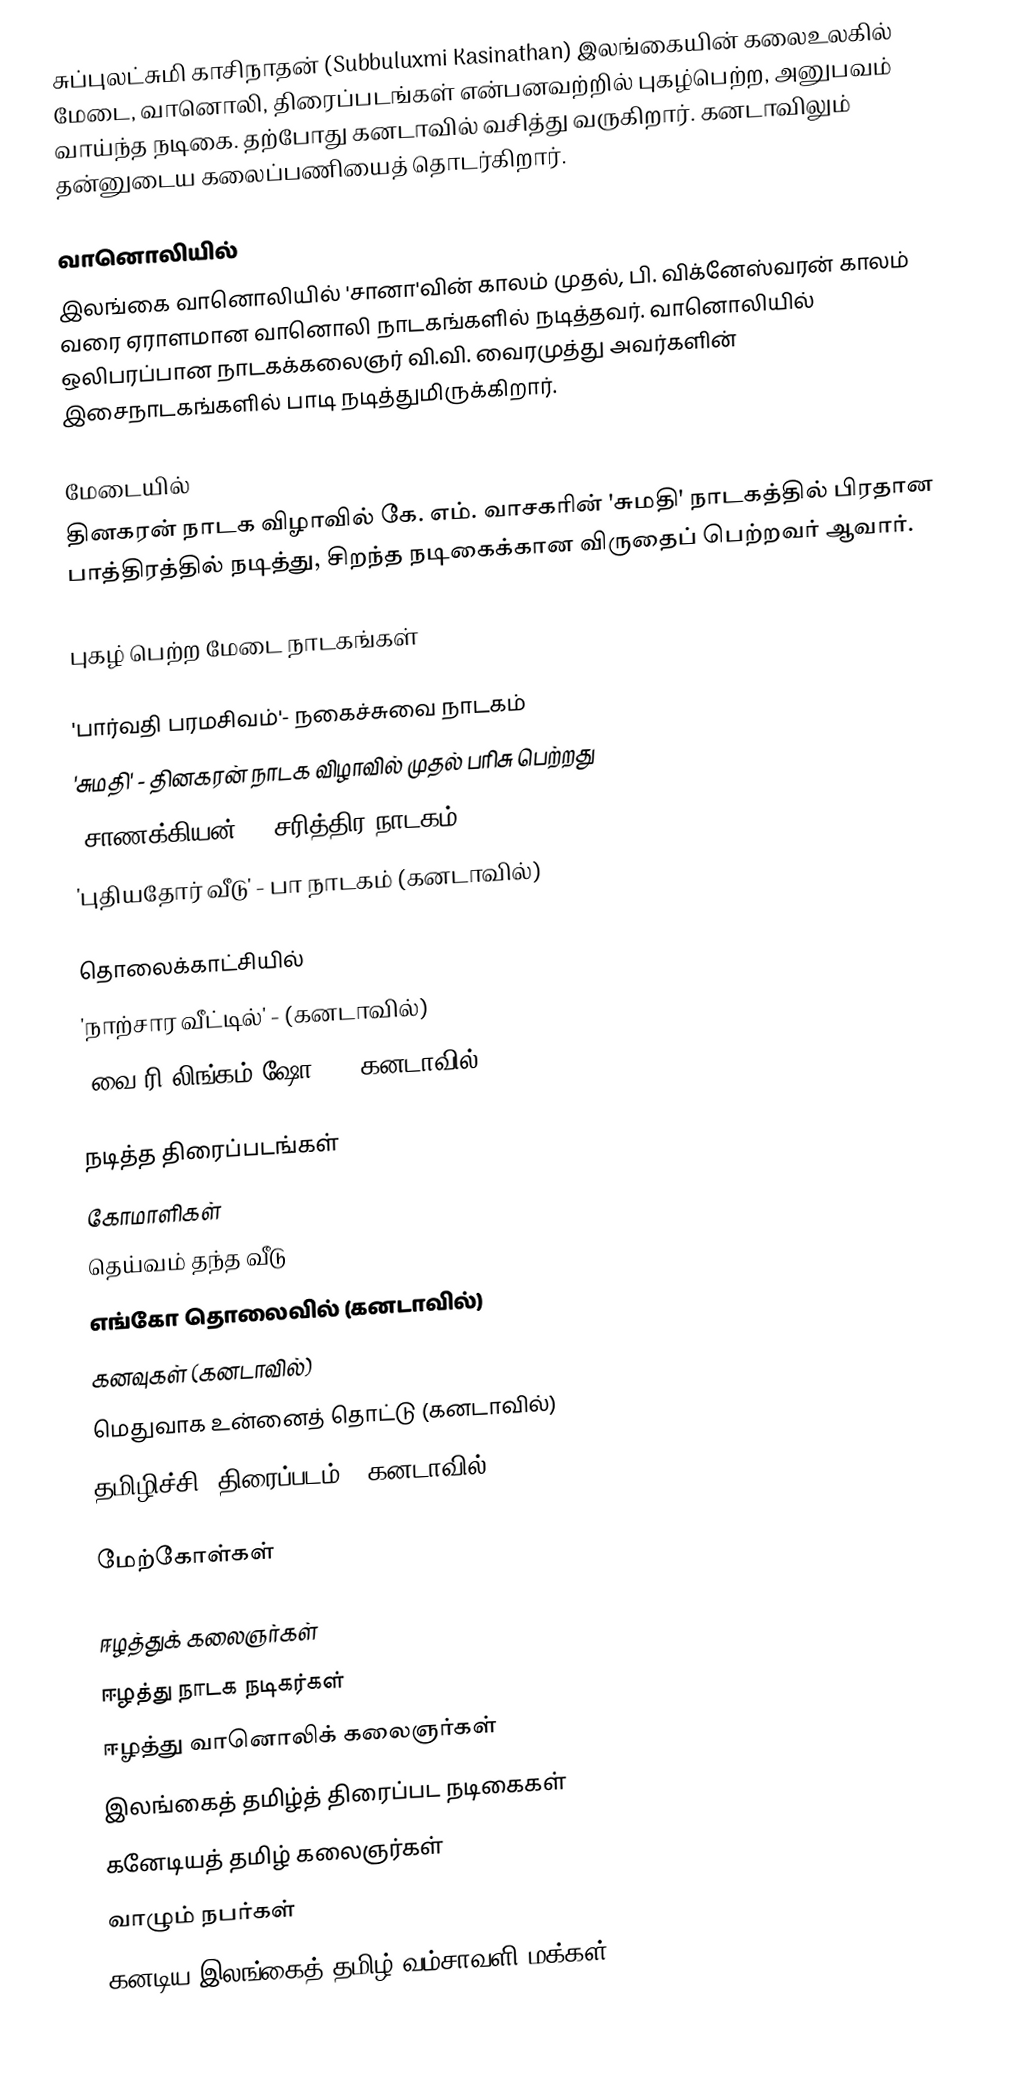
சுப்புலட்சுமி காசிநாதன் (Subbuluxmi Kasinathan) இலங்கையின் கலைஉலகில் மேடை, வானொலி, திரைப்படங்கள் என்பனவற்றில் புகழ்பெற்ற, அனுபவம் வாய்ந்த நடிகை. தற்போது கனடாவில் வசித்து வருகிறார். கனடாவிலும் தன்னுடைய கலைப்பணியைத் தொடர்கிறார்.

வானொலியில்
இலங்கை வானொலியில் 'சானா'வின் காலம் முதல், பி. விக்னேஸ்வரன் காலம் வரை ஏராளமான வானொலி நாடகங்களில் நடித்தவர். வானொலியில் ஒலிபரப்பான நாடகக்கலைஞர் வி.வி. வைரமுத்து அவர்களின் இசைநாடகங்களில் பாடி நடித்துமிருக்கிறார்.

மேடையில்
தினகரன் நாடக விழாவில் கே. எம். வாசகரின் 'சுமதி' நாடகத்தில் பிரதான பாத்திரத்தில் நடித்து, சிறந்த நடிகைக்கான விருதைப் பெற்றவர் ஆவார்.

புகழ் பெற்ற மேடை நாடகங்கள்

 'பார்வதி பரமசிவம்'- நகைச்சுவை நாடகம்
 'சுமதி' - தினகரன் நாடக விழாவில் முதல் பரிசு பெற்றது
 'சாணக்கியன்' - சரித்திர நாடகம்
 'புதியதோர் வீடு' - பா நாடகம் (கனடாவில்)

தொலைக்காட்சியில்
 'நாற்சார வீட்டில்' - (கனடாவில்)
 'வை.ரி.லிங்கம் ஷோ' - (கனடாவில்)

நடித்த திரைப்படங்கள்
 கோமாளிகள்
 தெய்வம் தந்த வீடு
 எங்கோ தொலைவில் (கனடாவில்)
 கனவுகள் (கனடாவில்)
 மெதுவாக உன்னைத் தொட்டு (கனடாவில்)
 தமிழிச்சி (திரைப்படம்)  (கனடாவில்)

மேற்கோள்கள்

ஈழத்துக் கலைஞர்கள்
ஈழத்து நாடக நடிகர்கள்
ஈழத்து வானொலிக் கலைஞர்கள்
இலங்கைத் தமிழ்த் திரைப்பட நடிகைகள்
கனேடியத் தமிழ் கலைஞர்கள்
வாழும் நபர்கள்
கனடிய இலங்கைத் தமிழ் வம்சாவளி மக்கள்